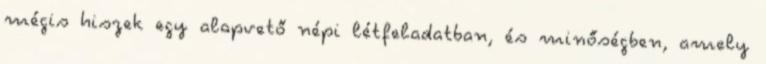
mégis hiszek egy alapvető népi létfeladatban, és minőségben, amely